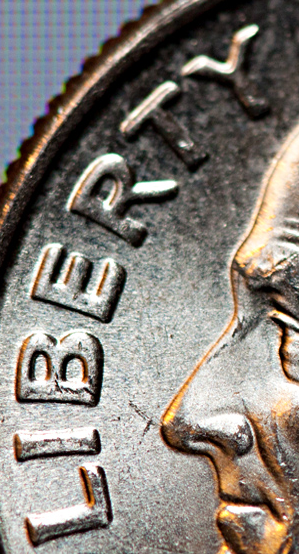
LIBERTY